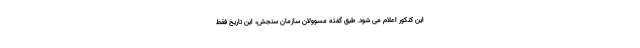
این کنکور اعلام می شود. طبق گفته مسوولان سازمان سنجش، این تاریخ فقط